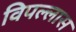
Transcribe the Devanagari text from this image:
विपल्लास